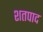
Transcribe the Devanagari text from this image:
शतपाद